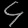
Digit: ၄